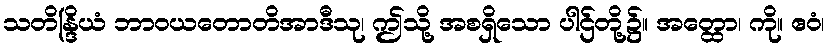
သတိန္ဒြိယံ ဘာဝယတောတိအာဒီသု၊ ဤသို့ အစရှိသော ပါဌ်တို့၌။ အတ္ထော၊ ကို။ ဧဝံ၊